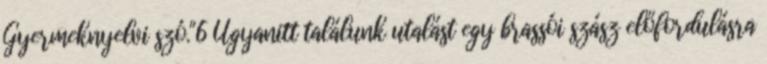
Gyermeknyelvi szó."6 Ugyanitt találunk utalást egy brassói szász előfordulásra